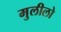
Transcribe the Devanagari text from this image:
मुलीलो